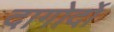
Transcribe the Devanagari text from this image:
दागोर्दो